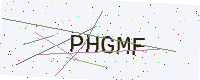
Text: PHGMF